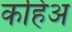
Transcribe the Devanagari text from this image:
कहिअ